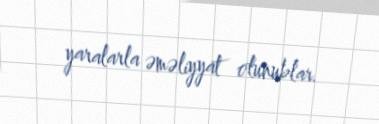
yaralarla əməliyyat olunublar.